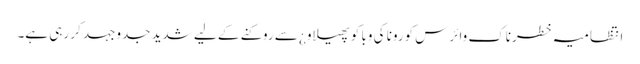
انتظامیہ خطرناک وائرس کورونا کی وبا کو پھیلاو¿ سے روکنے کے لیے شدید جدوجہد کر رہی ہے۔